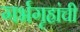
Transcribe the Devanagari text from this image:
गर्भगृहांची